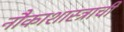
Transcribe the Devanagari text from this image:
नौकाशास्त्राची